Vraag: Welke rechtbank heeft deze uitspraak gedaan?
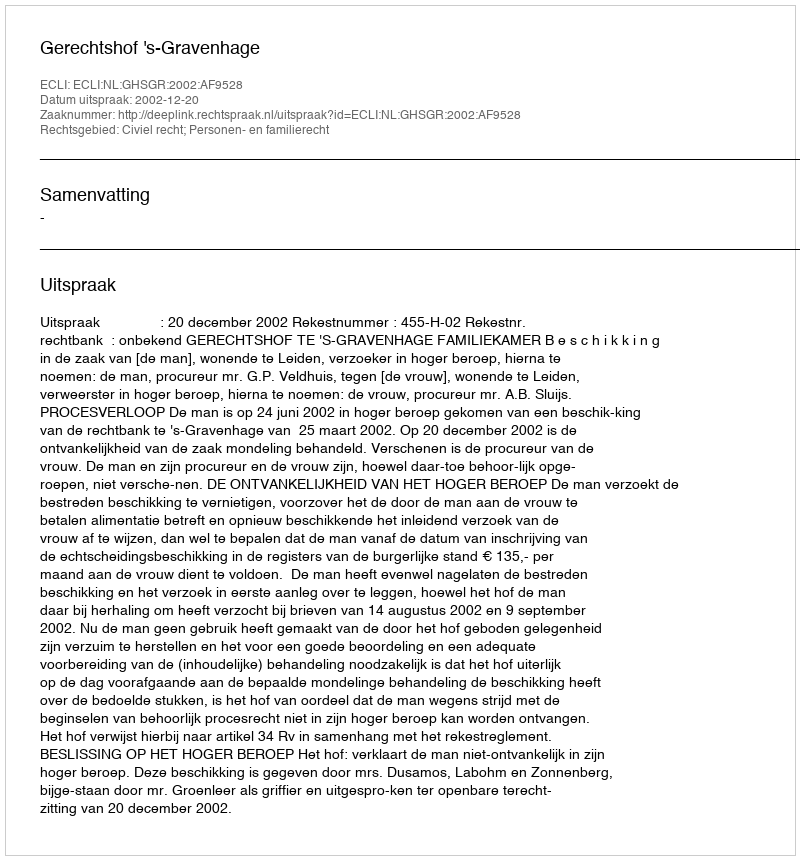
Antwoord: Gerechtshof 's-Gravenhage